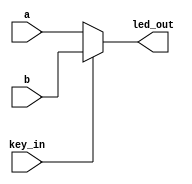
module test (a,b,key_in,led_out);

input a;
input b;

input key_in;


output led_out;


assign led_out=(key_in==0) ? a:b;

endmodule